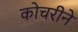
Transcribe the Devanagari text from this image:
कोचरीने